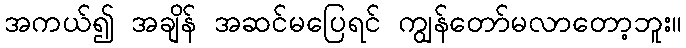
အကယ်၍ အချိန် အဆင်မပြေရင် ကျွန်တော်မလာတော့ဘူး။